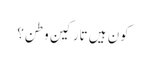
کون ہیں تارکین وطن؟